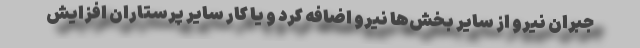
جبران نیرو از سایر بخش‌ها نیرو اضافه کرد و یا کار سایر پرستاران افزایش